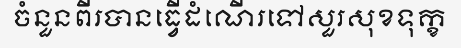
ចំនួនពីរបានធ្វើដំណើរទៅសួរសុខទុក្ខ